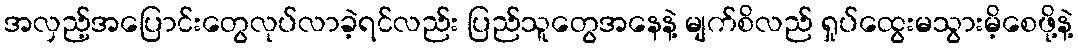
အလှည့်အပြောင်းတွေလုပ်လာခဲ့ရင်လည်း ပြည်သူတွေအနေနဲ့ မျက်စိလည် ရှုပ်ထွေးမသွားမိ့စေဖို့နဲ့